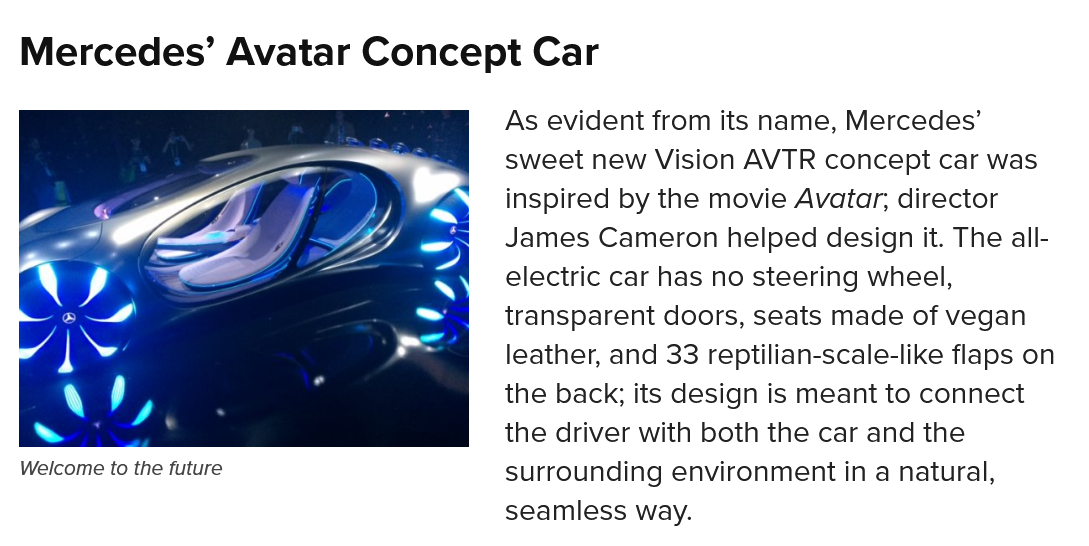
Mercedes’    Avatar    Concept    Car
  Welcome to the future
     As  evident from its name, Mercedes’
     sweet new Vision AVTR  concept car was
     inspired by the movie Avatar, director
     James Cameron   helped design it. The all-
     electric car has no steering wheel,
     transparent doors, seats made of vegan
     leather, and 33 reptilian-scale-like flaps on
     the back; its design is meant to connect
     the driver with both the car and the
     surrounding environment in a natural,
     seamless way.